Indian journal of veterinary science and animal husbandry - Volume 2,
Year: 1932
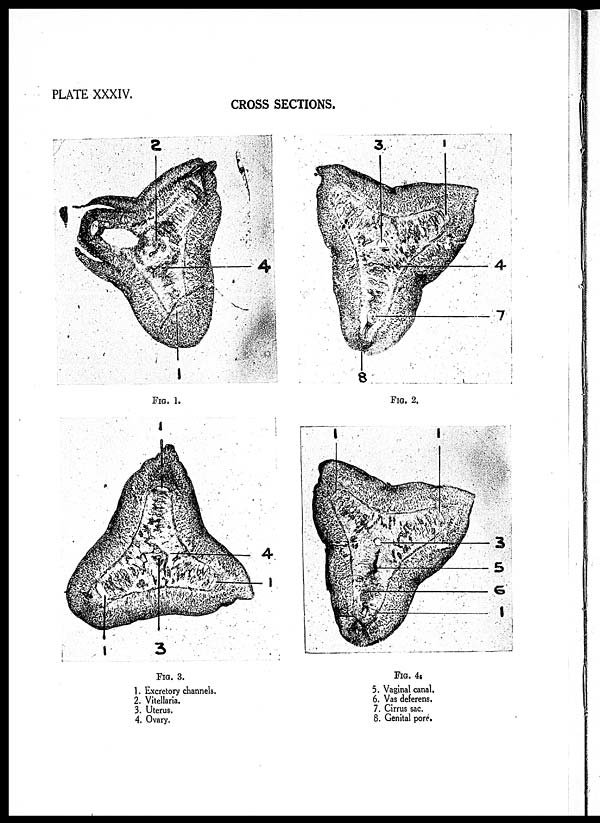
PLATE XXXIV.
CROSS SECTIONS.
FIG. 1.
FIG. 2.
FIG. 3.
1. Excretory channels.
2. Vitellaria.
3. Uterus.
4. Ovary.
FIG. 4.
5. Vaginal canal.
6. Vas deferens.
7. Cirrus sac.
8. Genital pore.